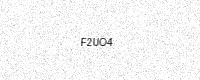
Text: F2UO4